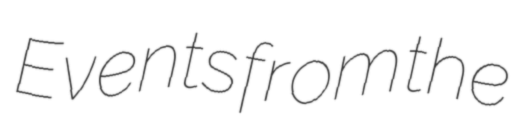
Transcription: Events from the